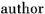
author